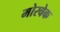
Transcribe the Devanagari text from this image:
मोरवेक